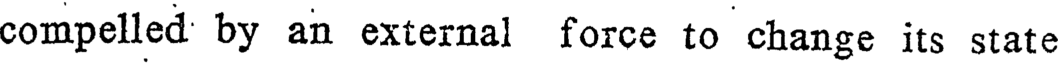
compelled by an external force to change its state